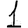
Digit: 1